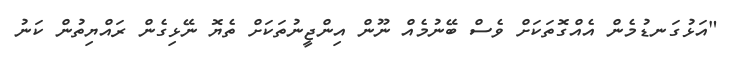
"އަޅުގަނޑުމެން އެއްގޮތަކަށް ވެސް ބޭނުމެއް ނޫން އިންޖީނުތަކަށް ތެޔޮ ނޭޅިގެން ރައްޔިތުން ކަނު